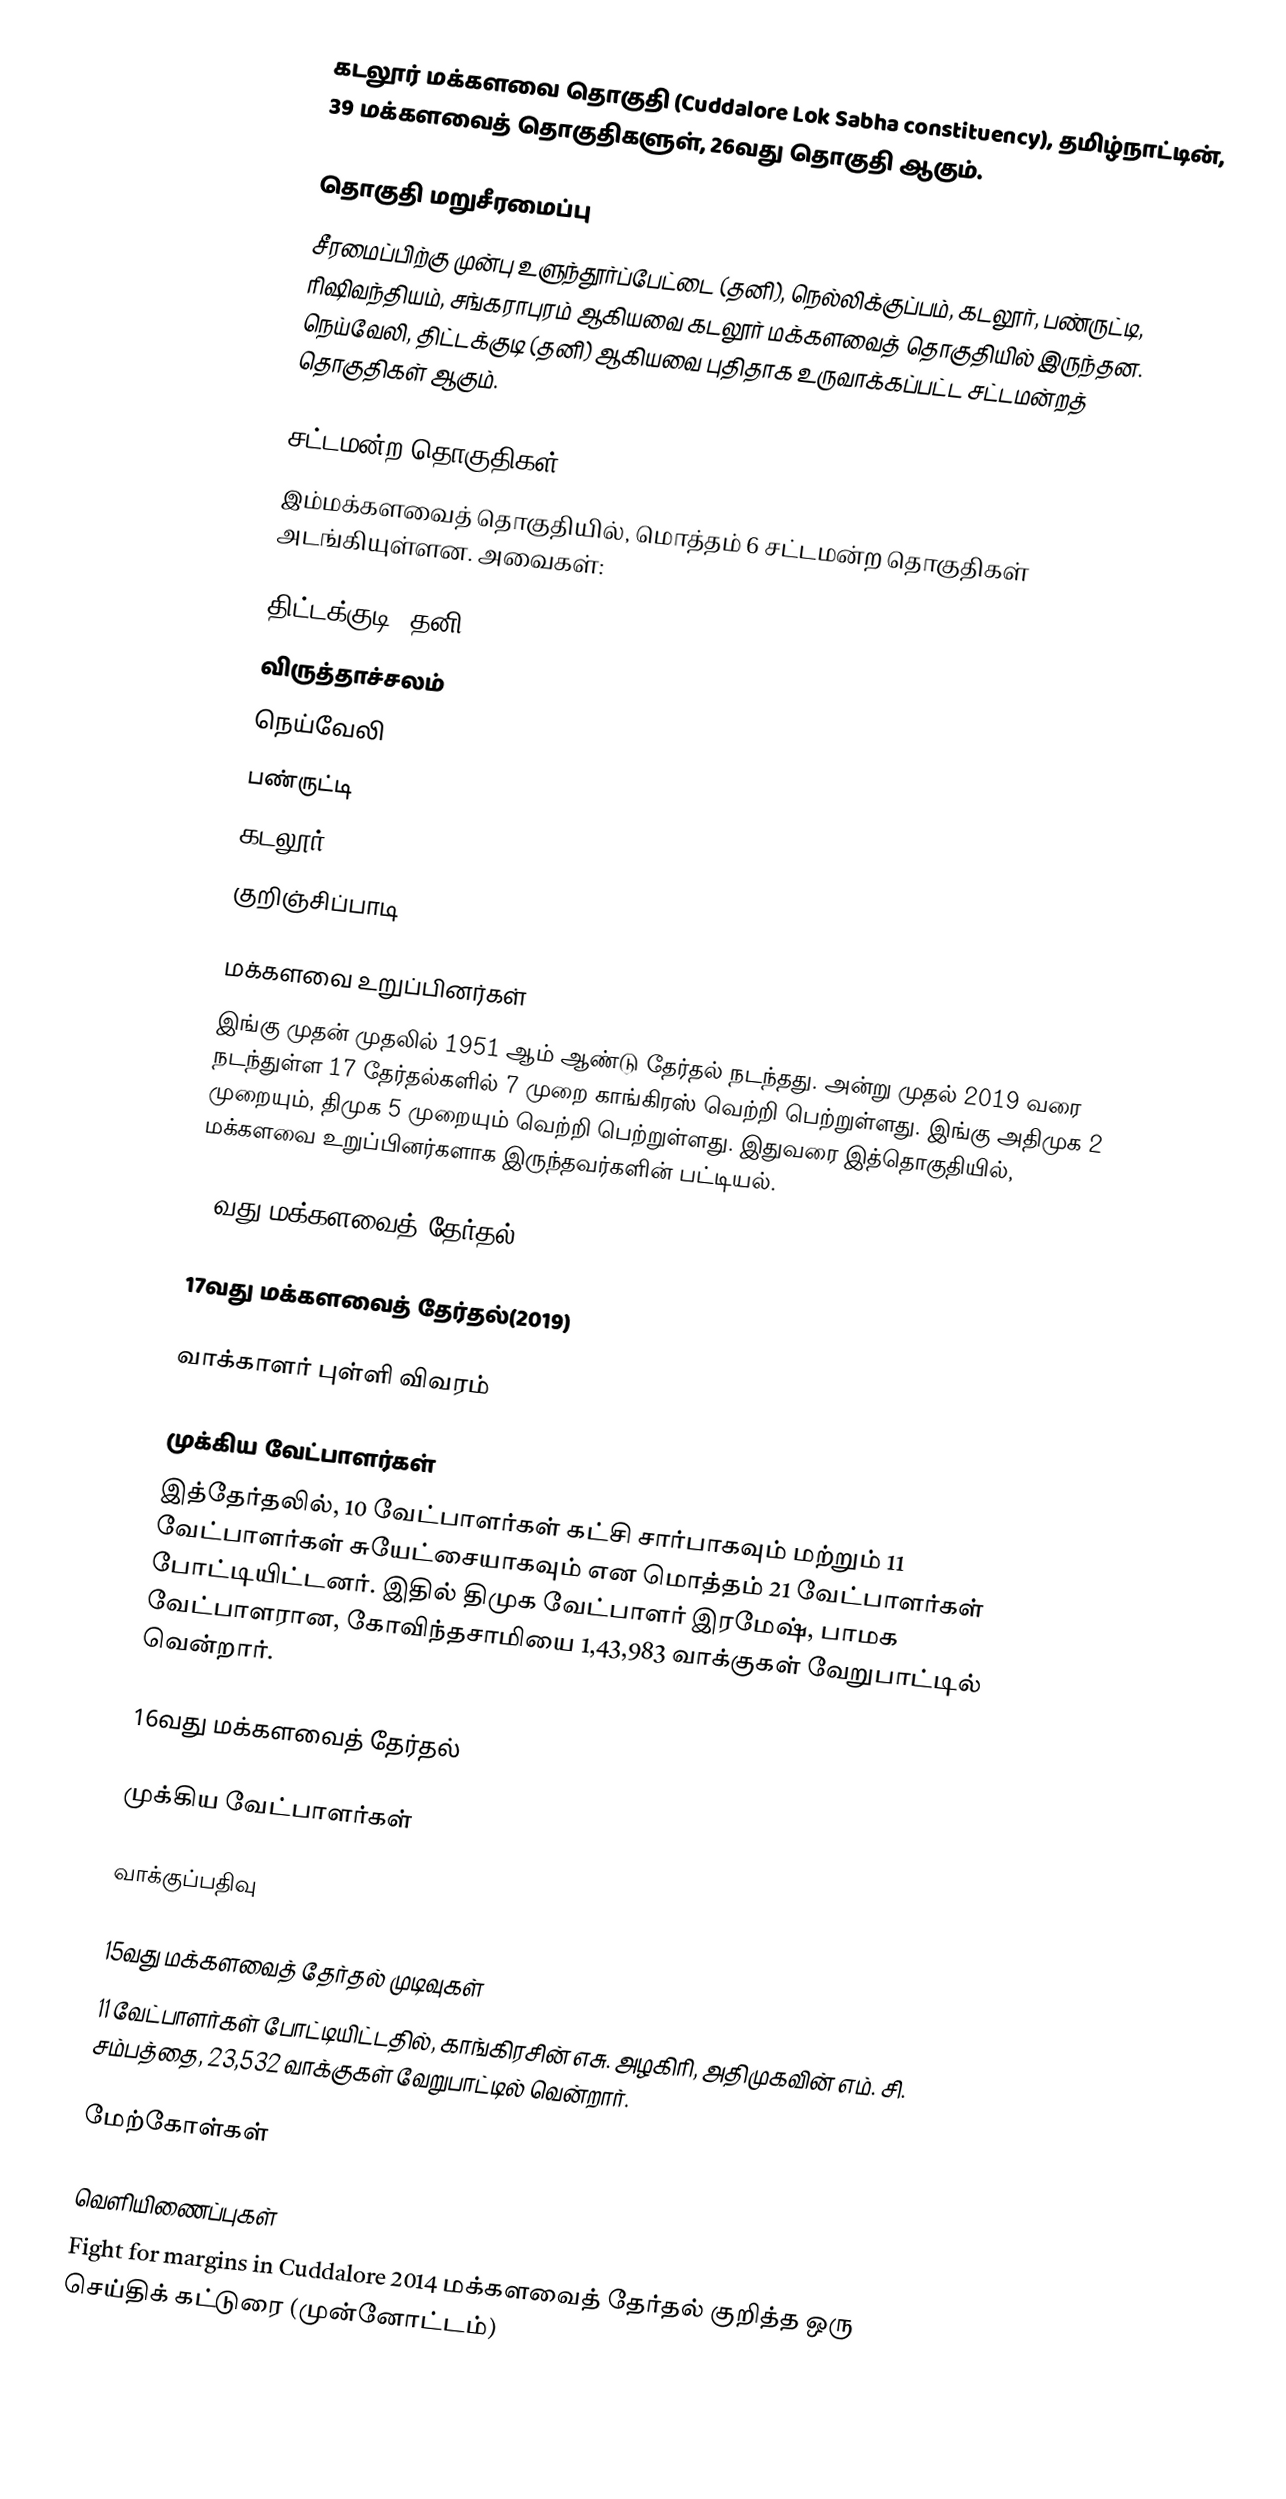
கடலூர் மக்களவை தொகுதி (Cuddalore Lok Sabha constituency), தமிழ்நாட்டின், 39 மக்களவைத் தொகுதிகளுள், 26வது தொகுதி ஆகும்.

தொகுதி மறுசீரமைப்பு
சீரமைப்பிற்கு முன்பு உளுந்தூர்ப்பேட்டை (தனி), நெல்லிக்குப்பம், கடலூர், பண்ருட்டி, ரிஷிவந்தியம், சங்கராபுரம் ஆகியவை கடலூர் மக்களவைத் தொகுதியில் இருந்தன. நெய்வேலி, திட்டக்குடி (தனி) ஆகியவை புதிதாக உருவாக்கப்பட்ட சட்டமன்றத் தொகுதிகள் ஆகும்.

சட்டமன்ற தொகுதிகள்
இம்மக்களவைத் தொகுதியில், மொத்தம் 6 சட்டமன்ற தொகுதிகள் அடங்கியுள்ளன. அவைகள்:

 திட்டக்குடி (தனி)
 விருத்தாச்சலம்
 நெய்வேலி
 பண்ருட்டி
 கடலூர்
 குறிஞ்சிப்பாடி

மக்களவை உறுப்பினர்கள்
இங்கு முதன் முதலில் 1951 ஆம் ஆண்டு தேர்தல் நடந்தது. அன்று முதல் 2019 வரை நடந்துள்ள 17 தேர்தல்களில் 7 முறை காங்கிரஸ் வெற்றி பெற்றுள்ளது. இங்கு அதிமுக 2 முறையும், திமுக 5 முறையும் வெற்றி பெற்றுள்ளது. இதுவரை இத்தொகுதியில், மக்களவை உறுப்பினர்களாக இருந்தவர்களின் பட்டியல்.

18வது மக்களவைத் தேர்தல்(2024)

17வது மக்களவைத் தேர்தல்(2019)

வாக்காளர் புள்ளி விவரம்

முக்கிய வேட்பாளர்கள்
இத்தேர்தலில், 10 வேட்பாளர்கள் கட்சி சார்பாகவும் மற்றும் 11 வேட்பாளர்கள் சுயேட்சையாகவும் என மொத்தம் 21 வேட்பாளர்கள் போட்டியிட்டனர். இதில் திமுக வேட்பாளர் இரமேஷ், பாமக வேட்பாளரான, கோவிந்தசாமியை 1,43,983 வாக்குகள் வேறுபாட்டில் வென்றார்.

16வது மக்களவைத் தேர்தல்

முக்கிய வேட்பாளர்கள்

வாக்குப்பதிவு

15வது மக்களவைத் தேர்தல் முடிவுகள்
11 வேட்பாளர்கள் போட்டியிட்டதில், காங்கிரசின் எசு. அழகிரி, அதிமுகவின் எம். சி. சம்பத்தை, 23,532 வாக்குகள் வேறுபாட்டில் வென்றார்.

மேற்கோள்கள்

வெளியிணைப்புகள்
 Fight for margins in Cuddalore 2014 மக்களவைத் தேர்தல் குறித்த ஒரு செய்திக் கட்டுரை (முன்னோட்டம்)